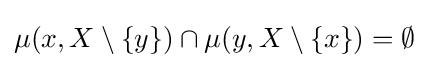
\mu (x,X\setminus \{y\})\cap \mu (y,X\setminus \{x\})=\emptyset